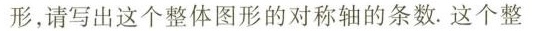
形，请写出这个整体图形的对称轴的条数。这个整